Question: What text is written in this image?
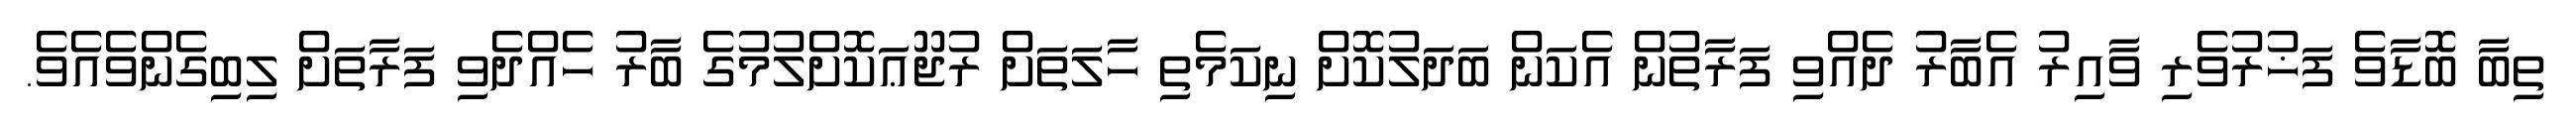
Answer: ތިބާ ބޮޑާވެ ފަޚުރުވެރި ވާއިރު އެބާރު ދެއްވި ފަރާތުން އެކަން ބަދަލުކޮށް ނިކަމެތި ހާލަތަށް ރުޖޫޢަކޮށްލުމުގެ ބާރު ހެއްދެވި ފަރާތަށް ލިބިގެންވެއެވެ.